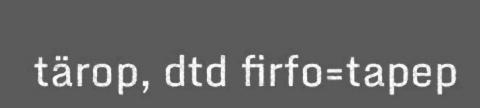
tärop, dtd firfo=tapep